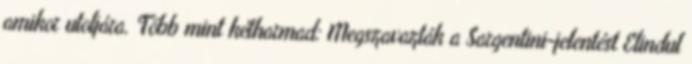
amikor utoljára. Több mint kétharmad: Megszavazták a Sargentini-jelentést Elindul